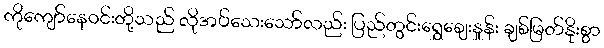
ကိုကျော်နေဝင်းတို့သည် လိုအပ်သေးသော်လည်း ပြည်တွင်းရွှေဈေးနှုန်း ချစ်မြတ်နိုးစွာ